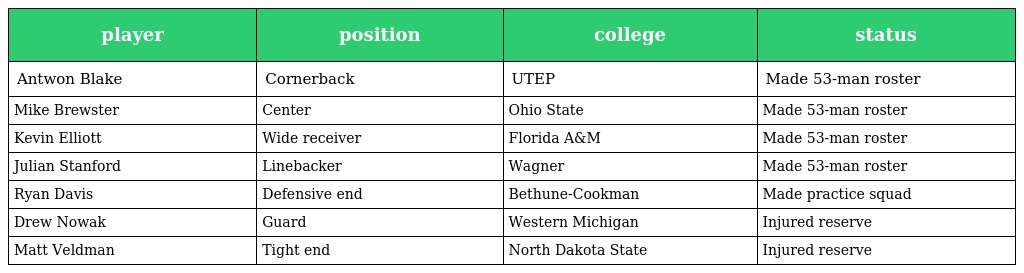
| player | position | college | status |
 | --- | --- | --- | --- |
 | Antwon Blake | Cornerback | UTEP | Made 53-man roster |
 | Mike Brewster | Center | Ohio State | Made 53-man roster |
 | Kevin Elliott | Wide receiver | Florida A&M | Made 53-man roster |
 | Julian Stanford | Linebacker | Wagner | Made 53-man roster |
 | Ryan Davis | Defensive end | Bethune-Cookman | Made practice squad |
 | Drew Nowak | Guard | Western Michigan | Injured reserve |
 | Matt Veldman | Tight end | North Dakota State | Injured reserve |